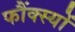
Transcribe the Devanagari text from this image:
फौंक्स्यों